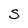
Character: S